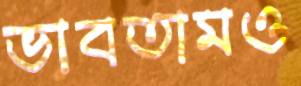
ভাবতামও